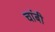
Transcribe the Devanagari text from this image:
चांबी